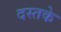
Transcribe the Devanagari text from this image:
दस्तके